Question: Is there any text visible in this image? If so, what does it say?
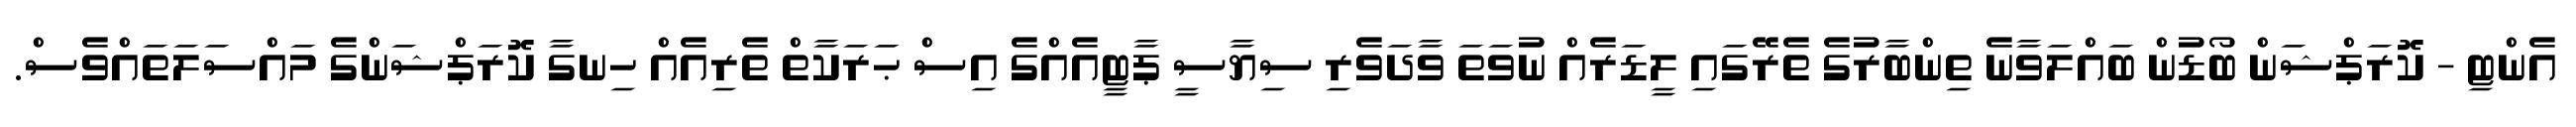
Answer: އެންޓި - ކޮރަޕްޝަން ބޯޑުން ބައްލަވާނެ ތިންބާރުގެ ތެރޭގައި ލީޑަރެއް ނުވަތަ ވާދަވެރި ސިޔާސީ ޕާޓީއެއްގެ އިސް ޙަރަކާތް ތެރިއެއް ހިނގާ ކޮރަޕްޝަންގެ މައްސަލަތައްވެސް.